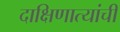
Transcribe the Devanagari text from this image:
दाक्षिणात्यांची